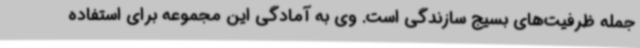
جمله ظرفیت‌های بسیج سازندگی است. وی به آمادگی این مجموعه برای استفاده